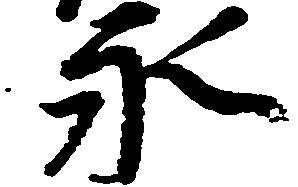
永